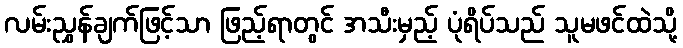
လမ်းညွှန်ချက်ဖြင့်သာ ဖြည့်ရာတွင် အသီးမှည့် ပုံရိပ်သည် သူမဖင်ထဲသို့